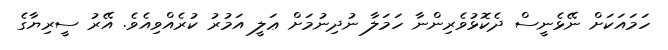
ހަމައަކަށް ނޭޅެނީސް ދެކޮޅުވެރިންނާ ހަމަލާ ނުދިނުމަށް ޢަލީ އަމުރު ކުރެއްވިއެވެ. އޭރު ސީރިޔާގެ